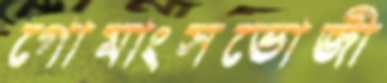
গোমাংসভোজী